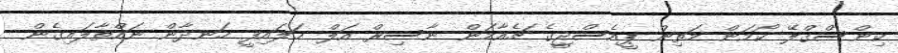
ކިންސްގްލޭ ކޯމަން މަތިން ޕީއެސްޖީގެ ޗެއާމަން ނާސިރް އަލް ޚަލައިފީ ހަނދާން ނައްތާލައިގެން